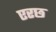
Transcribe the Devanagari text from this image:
एरछ